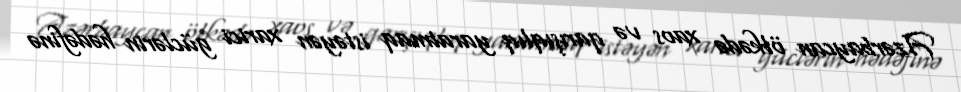
Azərbaycan ölkədə xaos və qarışıqlıq yaratmaq istəyən xarici güclərin hədəfinə